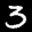
Label: 3